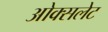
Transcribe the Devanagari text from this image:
ओक्सलेट